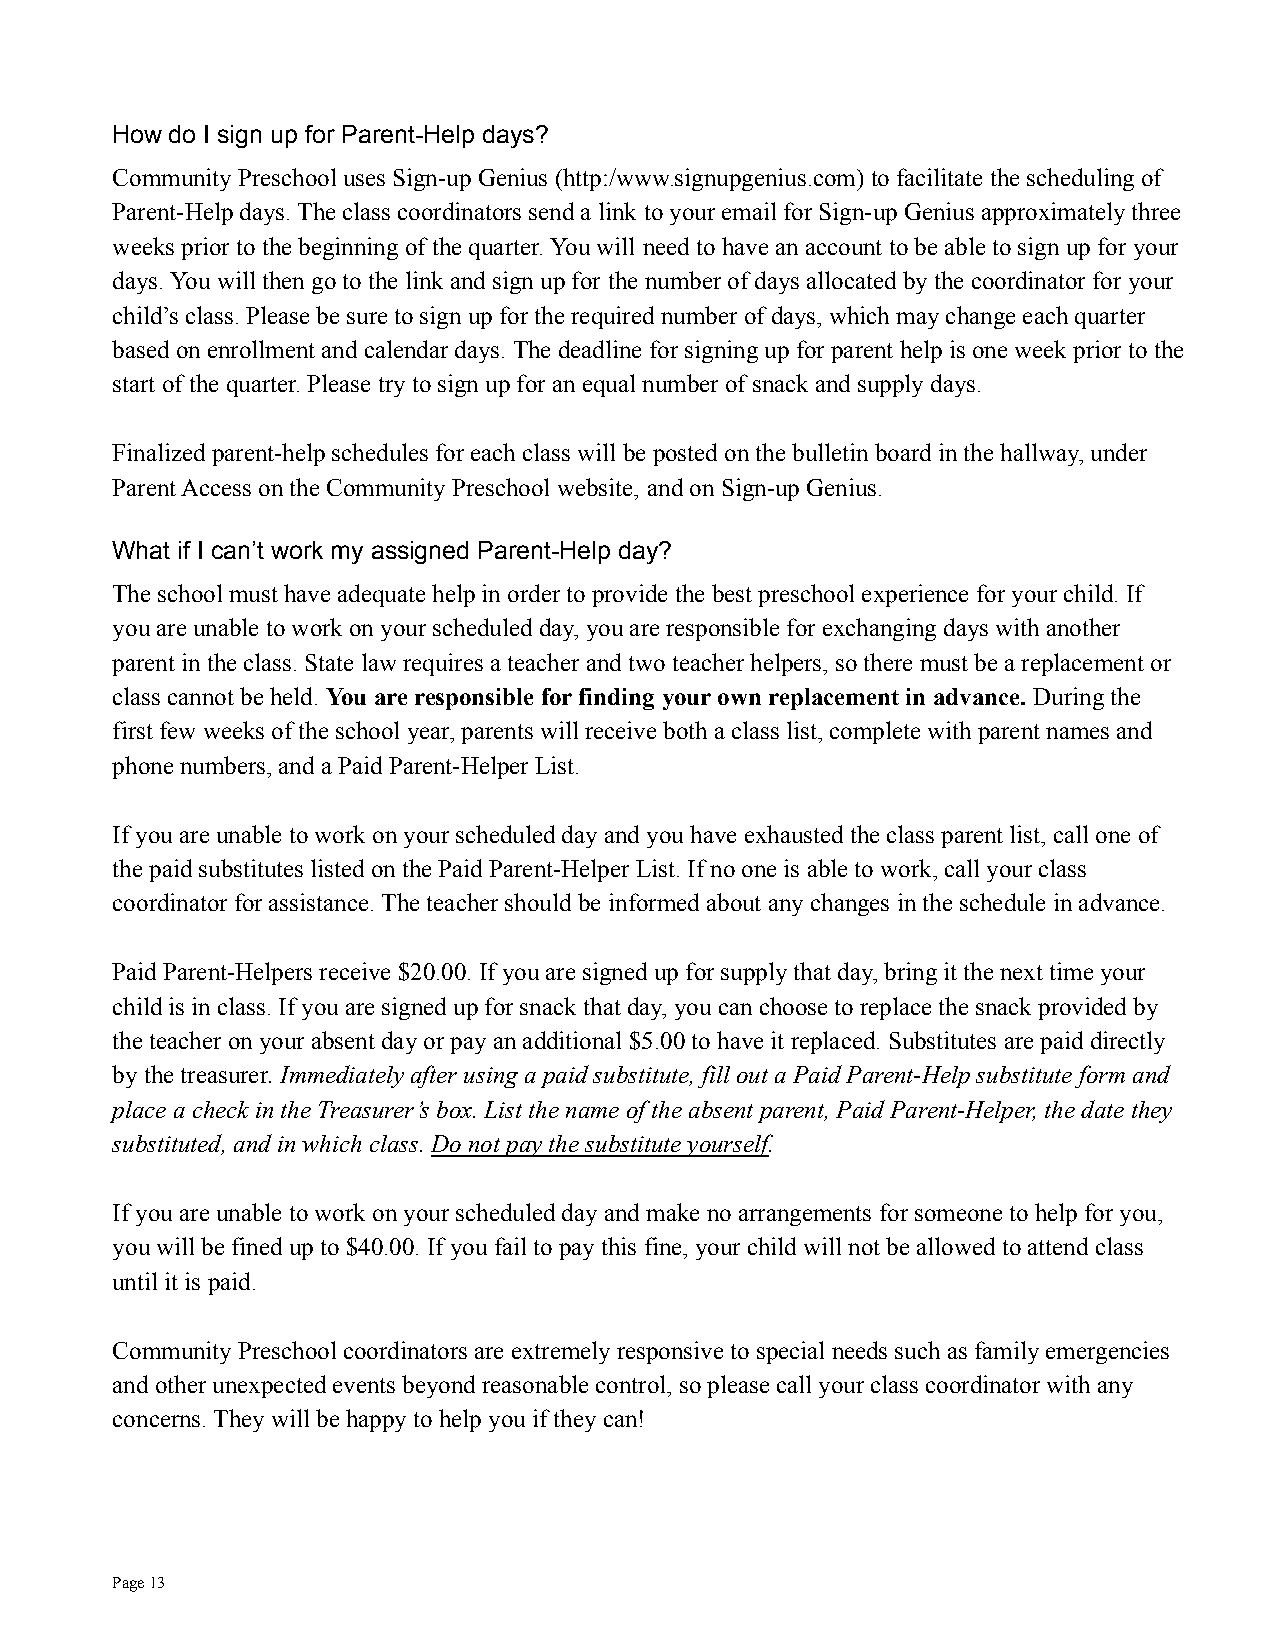
How do I sign up for Parent-Help days?
 Community Preschool uses Sign-up Genius (http:/www.signupgenius.com)to facilitate the scheduling of
 Parent-Help days. The class coordinators send a link to your email for Sign-up Genius approximately three
 weeks prior to the beginning of the quarter. You will need to have an account to be able to sign up foryour
 days. You will then go to the link and sign up for the number of days allocated by the coordinator for your
 child’s class. Please be sure to sign up for the required number of days, which may change each quarter
 based on enrollment and calendar days. The deadline for signing up for parent help is one week priorto the
 start of the quarter. Please try to sign up for an equal number of snack and supply days.
 Finalized parent-help schedules for each class will be posted on the bulletin board in the hallway, under
 Parent Access on the Community Preschool website, and on Sign-up Genius.
 What if I can’t work my assigned Parent-Help day?
 The school must have adequate help in order to provide the best preschool experience for your child. If
 you are unable to work on your scheduled day, youare responsible for exchanging days with another
 parent in the class. State law requires a teacherand two teacher helpers, so there must be a replacement or
 class cannot be held. You are responsible for finding your own replacement in advance. During the
 first few weeks of the school year, parents will receive both a class list, complete with parent names and
 phone numbers, and a Paid Parent-Helper List.
 If you are unable to work on your scheduled day and you have exhausted the class parent list, call oneof
 the paid substitutes listed on the Paid Parent-Helper List. If no one is able to work, call your class
 coordinator for assistance. The teacher should be informed about any changes in the schedule in advance.
 Paid Parent-Helpers receive $20.00. If you are signed up for supply that day, bring it the next time your
 child is in class. If you are signed up for snackthat day, you can choose to replace the snack provided by
 the teacher on your absent day or pay an additional $5.00 to have it replaced. Substitutes are paid directly
 by the treasurer. Immediately after using a paid substitute,fill out a Paid Parent-Help substitute form and
 place a check in the Treasurer’s box. List the name of the absent parent, Paid Parent-Helper, the datethey
 substituted, and in which class.Do not pay the substitute yourself.
 If you are unable to work on your scheduled day and make no arrangements for someone to help for you,
 you will be fined up to $40.00. If you fail to pay this fine, your child will not be allowed to attendclass
 until it is paid.
 Community Preschool coordinators are extremely responsive to special needs such as family emergencies
 and other unexpected events beyond reasonable control,so please call your class coordinator with any
 concerns. They will be happy to help you if they can!
 Page13